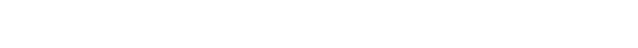
(၁) ကာမဘောဂီသေယျ - ကာမဂုဏ်ခံစားသူတို၊သည့် လက်ဝဲဘက်သို့စောင်း၍